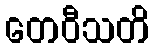
တေဝီသတိ